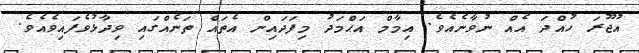
އުޖޫރަ ހުއްދަ އެއް ނުވާނެއެވެ. އިމާމް އަޙްމަދު މިފަދައިން އެތައް ތަނެއްގައި ވިދާޅުވެފައިވެއެވެ.